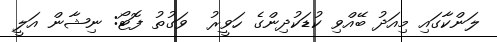
ލަންކާގައި މިއަދު ބޭއްވި ކުޑަކުދިންގެ ހަވީރު  ވަގުތު ފޮޓޯ: ނިޝާން އަލީ